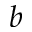
b